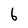
Character: 6